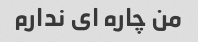
من چاره ای ندارم